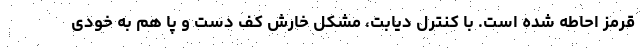
قرمز احاطه شده است. با کنترل دیابت، مشکل خارش کف دست و پا هم به خودی